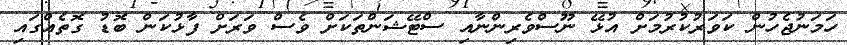
ހަމަނުޖެހުން ކަވަރުކުރުމަށް އުޅޭ ނޫސްވެރިންނާއި ސްޓޭޝަންތަކަށް ވެސް ވަރަށް ފާޅުކަން ބޮޑު ގޮތެއްގައި